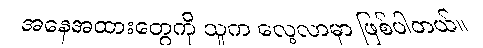
အနေအထားတွေကို သူက လေ့လာမှာ ဖြစ်ပါတယ်။